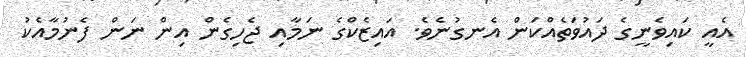
އެއީ ކައިވެނީގެ ދައުވަތެއްކަން އެނގުނެވެ. އައިޒެކްގެ ނަމާއި ޖެހިގެން އިން ނަން ފެނުމާއެކު